Report of the Indian Hemp Drugs Commission, 1894-1895 - Volume IV
Year: 1894
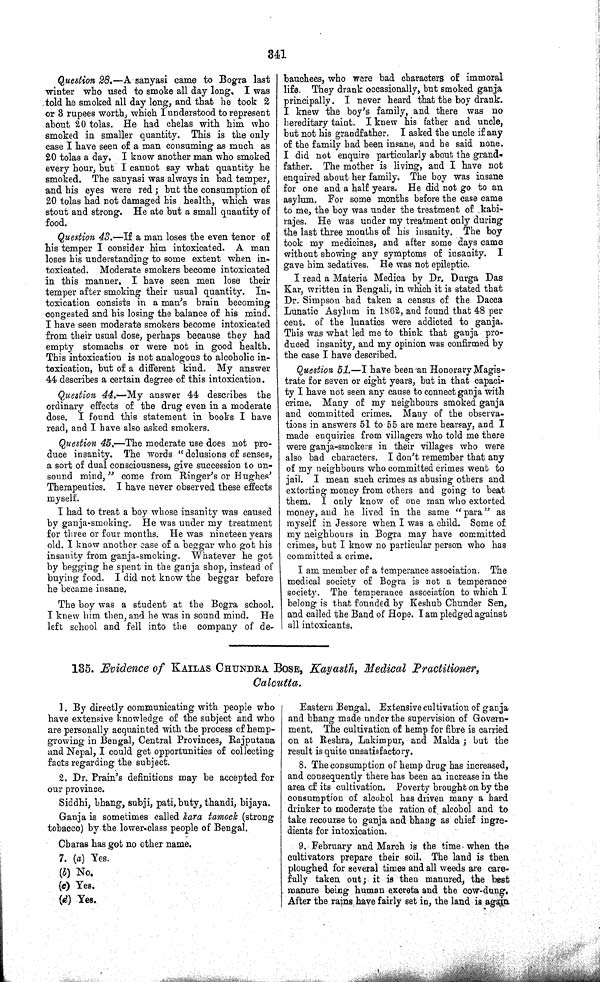
341
Question 28.—A sanyasi came to Bogra last
winter who used to smoke all day long. I was
told he smoked all day long, and that he took 2
or 3 rupees worth, which I understood to represent
about 20 tolas. He had chelas with him who
smoked in smaller quantity. This is the only
case I have seen of a man consuming as much as
20 tolas a day. I know another man who smoked
every hour, but I cannot say what quantity he
smoked. The sanyasi was always in bad temper,
and his eyes were red; but the consumption of
20 tolas had not damaged his health, which was
stout and strong. He ate but a small quantity of
food.
Question 43.—If a man loses the even tenor of
his temper I consider him intoxicated. A man
loses his understanding to some extent when in-
toxicated. Moderate smokers become intoxicated
in this manner. I have seen men lose their
temper after smoking their usual quantity. In-
toxication consists in a man's brain becoming
congested and his losing the balance of his mind.
I have seen moderate smokers become intoxicated
from their usual dose, perhaps because they had
empty stomachs or were not in good health.
This intoxication is not analogous to alcoholic in-
toxication, but of a different kind. My answer
44 describes a certain degree of this intoxication.
Question 44.—My answer 44 describes the
ordinary effects of the drug even in a moderate
dose. I found this statement in books I have
read, and I have also asked smokers.
Question 45.—The moderate use does not pro-
duce insanity. The words "delusions of senses,
a sort of dual consciousness, give succession to un-
sound mind," come from Ringer's or Hughes'
Therapeutics. I have never observed these effects
myself.
I had to treat a boy whose insanity was caused
by ganja-smoking. He was under my treatment
for three or four months. He was nineteen years
old. I know another case of a beggar who got his
insanity from ganja-smoking. Whatever he got
by begging he spent in the ganja shop, instead of
buying food. I did not know the beggar before
he became insane.
The boy was a student at the Bogra school.
I knew him then, and he was in sound mind. He
left school and fell into the company of de-
bauchees, who were bad characters of immoral
life. They drank occasionally, but smoked ganja
principally. I never heard that the boy drank.
I knew the boy's family, and there was no
hereditary taint. I knew his father and uncle,
but not his grandfather. I asked the uncle if any
of the family had been insane, and he said none.
I did not enquire particularly about the grand-
father. The mother is living, and I have not
enquired about her family. The boy was insane
for one and a half years. He did not go to an
asylum. For some months before the case came
to me, the boy was under the treatment of kabi-
rajes. He was under my treatment only during
the last three months of his insanity. The boy
took my medicines, and after some days came
without showing any symptoms of insanity.
I
gave him sedatives. He was not epileptic.
I read a Materia Medica by Dr. Durga Das
Kar, written in Bengali, in which it is stated that
Dr. Simpson had taken a census of the Dacca
Lunatic Asylum in 1862, and found that 48 per
cent. of the lunatics were addicted to ganja.
This was what led me to think that ganja pro-
duced insanity, and my opinion was confirmed by
the case I have described.
Question 51.—I have been an Honorary Magis-
trate for seven or eight years, but in that capaci-
ty I have not seen any cause to connect ganja with
crime. Many of my neighbours smoked ganja
and committed crimes. Many of the observa-
tions in answers 51 to 55 are mere hearsay, and I
made enquiries from villagers who told me there
were ganja-smokers in their villages who were
also bad characters. I don't remember that any
of my neighbours who committed crimes went to
jail. I mean such crimes as abusing others and
extorting money from others and going to beat
them. I only know of one man who extorted
money, and he lived in the same "para" as
myself in Jessore when I was a child. Some of
my neighbours in Bogra may have committed
crimes, but I know no particular person who has
committed a crime.
I am member of a temperance association. The
medical society of Bogra is not a temperance
society. The temperance association to which I
belong is that founded by Keshub Chunder Sen,
and called the Band of Hope. I am pledged against
all intoxicants.
135. Evidence of KAILAS CHUNDRA BOSE, Kayasth, Medical Practitioner,
Calcutta.
1. By directly communicating with people who
have extensive knowledge of the subject and who
are personally acquainted with the process of hemp-
growing in Bengal, Central Provinces, Rajputana
and Nepal, I could get opportunities of collecting
facts regarding the subject.
2. Dr. Prain's definitions may be accepted for
our province.
Siddhi, bhang, subji, pati, buty, thandi, bijaya.
Ganja is sometimes called kara tamock (strong
tobacco) by the lower-class people of Bengal.
Charas has got no other name.
7. (a) Yes.
(b) No.
(c) Yes.
(d) Yes.
Eastern Bengal. Extensive cultivation of ganja
and bhang made under the supervision of Govern-
ment. The cultivation of hemp for fibre is carried
on at Reshra, Lakimpur, and Malda; but the
result is quite unsatisfactory.
8. The consumption of hemp drug has increased,
and consequently there has been an increase in the
area of its cultivation. Poverty brought on by the
consumption of alcohol has driven many a hard
drinker to moderate the ration of alcohol and to
take recourse to ganja and bhang as chief ingre-
dients for intoxication.
9. February and March is the time when the
cultivators prepare their soil. The land is then
ploughed for several times and all weeds are care-
fully taken out; it is then manured, the best
manure being human excreta and the cow-dung.
After the rains have fairly set in, the land is again